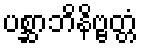
ပစ္ဆာဘိနိဗ္ဗတ္တံ